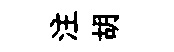
注胡